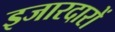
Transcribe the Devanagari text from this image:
इजारदारों